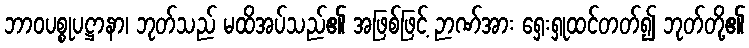
ဘာဝပစ္စုပဋ္ဌာနာ၊ ဘုတ်သည် မထိအပ်သည်၏ အဖြစ်ဖြင့် ဉာဏ်အား ရှေးရှုထင်တတ်၍ ဘုတ်တို့၏